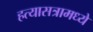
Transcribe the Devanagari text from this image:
हत्यासत्रामध्ये